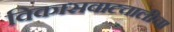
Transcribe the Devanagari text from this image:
विकासवाटचालीचा